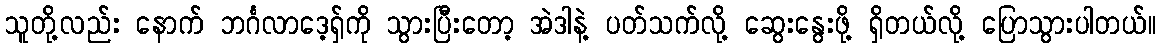
သူတို့လည်း နောက် ဘင်္ဂလာဒေ့ရှ်ကို သွားပြီးတော့ အဲဒါနဲ့ ပတ်သက်လို့ ဆွေးနွေးဖို့ ရှိတယ်လို့ ပြောသွားပါတယ်။